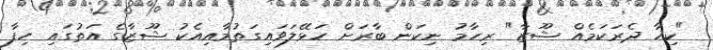
"ކިހާ ދެރަކަމެއް ޝޫޒާ" ރިހާމު ނިކަން ބާރަށް ހަޅޭލަވައިގަތުމާއިއެކު ޝޫޒާގެ އަތުގައި ހިފާ